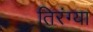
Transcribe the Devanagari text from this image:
तिरंग्या